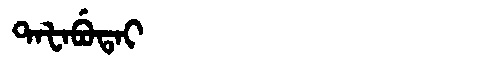
Manchu: ᡨᠠᡶᠠᠪᡠᡨᠠᡳ
Romanization: TAFABUTAI